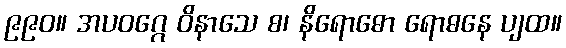
၉၉၀။ အပဝဂ္ဂေ ဝိနာသေ စ၊ နိရောဓော ရောဓနေ ပျထ။